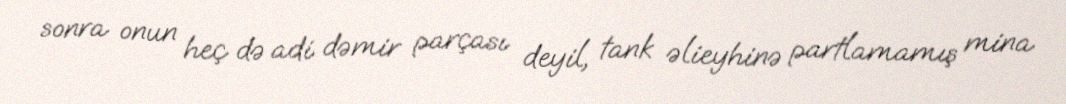
sonra onun heç də adi dəmir parçası deyil, tank əlieyhinə partlamamış mina